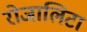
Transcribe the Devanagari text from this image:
रोजालिटा